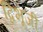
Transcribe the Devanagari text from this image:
द्विभूजी